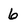
Character: 6